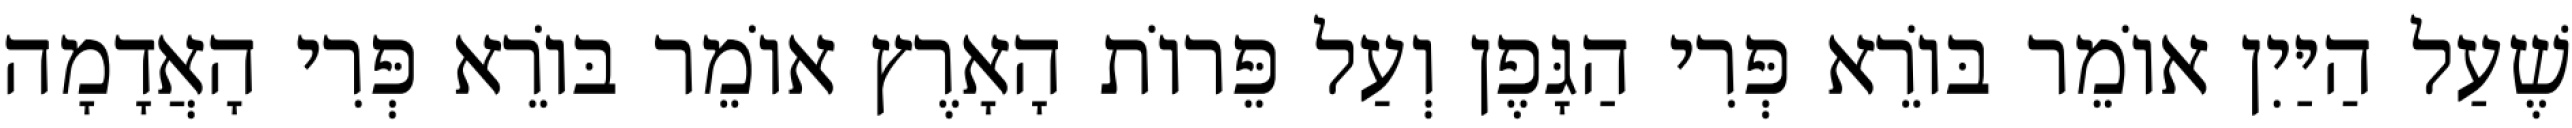
שֶׁעַל הַיַּיִן אוֹמֵר בּוֹרֵא פְּרִי הַגָּפֶן וְעַל פֵּרוֹת הָאָרֶץ אוֹמֵר בּוֹרֵא פְּרִי הָאֲדָמָה